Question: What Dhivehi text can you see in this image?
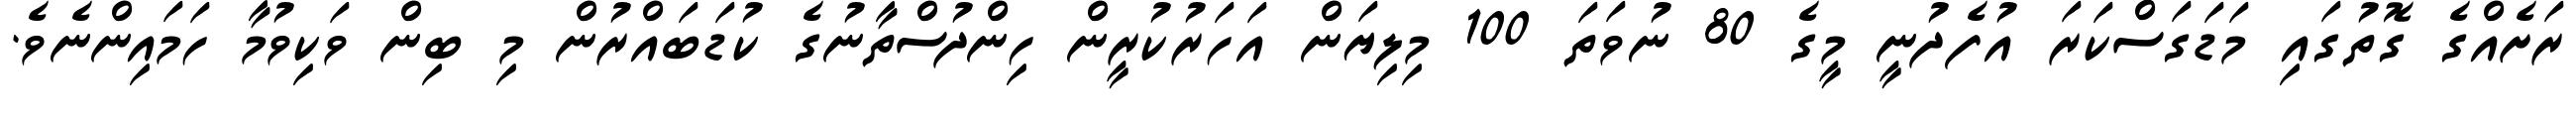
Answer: ރަށެއްގެ ގޮތުގައި މަޑަގަސްކަރަ އުފެދުނީ މީގެ 80 ނުވަތަ 100 މިލިޔަން އަހަރުކުރީން ހިންދުސްތާނުގެ ކުޑަބައްރުން މި ބިން ވަކިވުމާ ހަމައިންނެވެ.